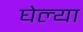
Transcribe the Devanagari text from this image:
घेल्या